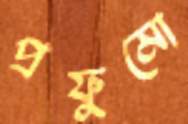
প্রফুমো